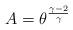
LaTeX: \begin{align*}A=\theta^{{\gamma-2}\over \gamma}\end{align*}